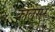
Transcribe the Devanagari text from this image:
कालूसर